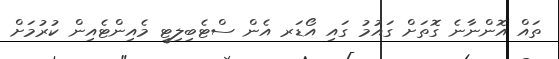
ތައް އޮންނާނެ ގޮތަށް ގައުމު ގައި އޯޑަރ އެން ސްޓެބިލިޓީ މެއިންޓެއިން ކުރުމަށް